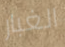
الغبار